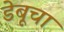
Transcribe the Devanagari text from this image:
डेबूचा